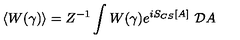
\langle W ( \gamma ) \rangle = Z ^ { - 1 } \int W ( \gamma ) e ^ { i S _ { C S } [ A ] } \ { \cal D } A